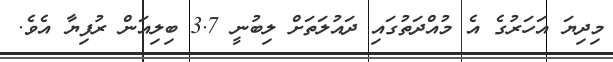
މިދިޔަ އަހަރުގެ އެ މުއްދަތުގައި ދައުލަތަށް ލިބުނީ 3.7 ބިލިއަން ރުފިޔާ އެެވެ.